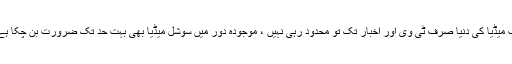
اب میڈیا کی دنیا صرف ٹی وی اور اخبار تک تو محدود رہی نہیں ، موجودہ دور میں سوشل میڈیا بھی بہت حد تک ضرورت بن چکا ہے۔